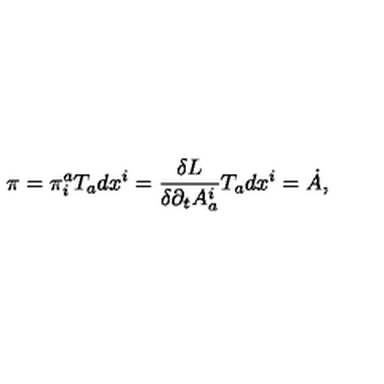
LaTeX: \pi = \pi _ { i } ^ { a } T _ { a } d x ^ { i } = \frac { \delta L } { \delta \partial _ { t } A _ { a } ^ { i } } T _ { a } d x ^ { i } = \dot { A } ,